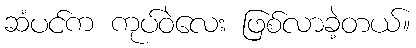
ဆံပင်က ကုပ်ဝဲလေး ဖြစ်လာခဲ့တယ်။